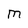
Character: M